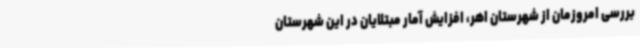
بررسی امروزمان از شهرستان اهر، افزایش آمار مبتلایان در این شهرستان